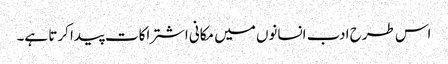
اس طرح ادب انسانوں میں مکانی اشتراکات پیدا کرتا ہے۔